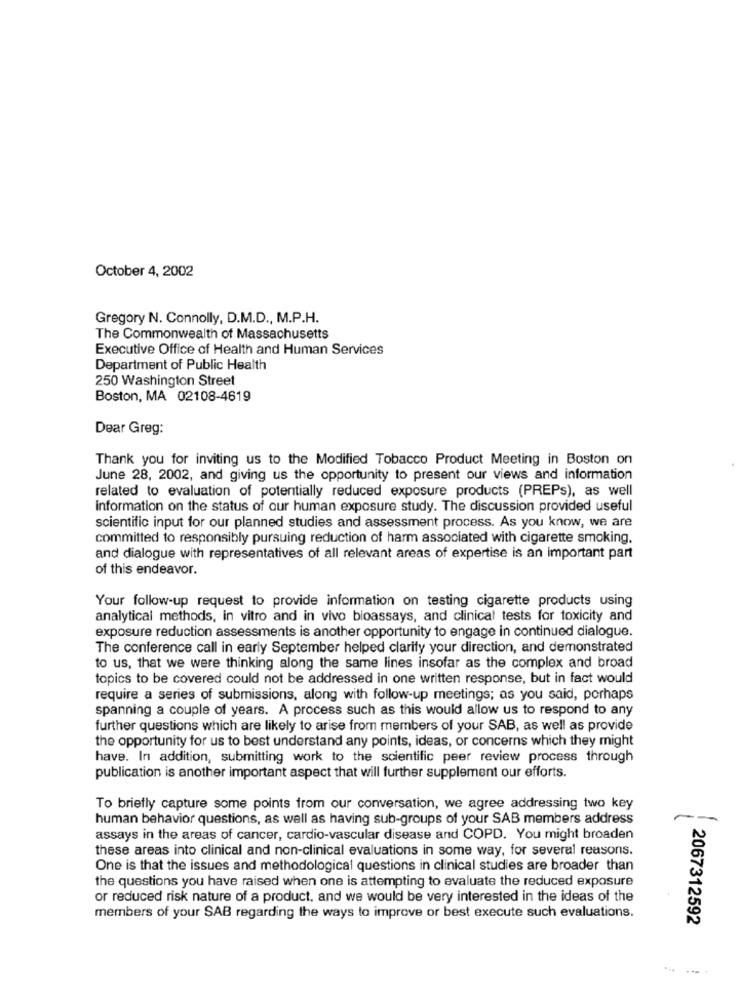
October 4, 2002
Gregory N. Connolly, D.M.D ., M.P.H.
The Commonwealth of Massachusetts
Executive Office of Health and Human Services
Department of Public Health
250 Washington Street
Boston, MA 02108-4619
Dear Greg:
Thank you for inviting us to the Modified Tobacco Product Meeting in Boston on
June 28, 2002, and giving us the opportunity to present our views and information
related to evaluation of potentially reduced exposure products (PREPs), as well
information on the status of our human exposure study. The discussion provided useful
scientific input for our planned studies and assessment process. As you know, we are
committed to responsibly pursuing reduction of harm associated with cigarette smoking.
and dialogue with representatives of all relevant areas of expertise is an important part
of this endeavor.
Your follow-up request to provide information on testing cigarette products using
analytical methods, in vitro and in vivo bioassays, and clinical tests for toxicity and
exposure reduction assessments is another opportunity to engage in continued dialogue.
The conference call in early September helped clarify your direction, and demonstrated
to us, that we were thinking along the same lines insofar as the complex and broad
topics to be covered could not be addressed in one written response, but in fact would
require a series of submissions, along with follow-up meetings; as you said, porhaps
spanning a couple of years. A process such as this would allow us to respond to any
further questions which are likely to arise from members of your SAB, as well as provide
the opportunity for us to best understand any points, ideas, or concerns which they might
have. In addition, submitting work to the scientific peer review process through
publication is another important aspect that will further supplement our efforts.
To briefly capture some points from our conversation, we agree addressing two key
human behavior questions, as well as having sub-groups of your SAB members address
assays in the areas of cancer, cardio-vascular disease and COPD. You might broaden
these areas into clinical and non-clinical evaluations in some way, for several reasons.
One is that the issues and methodological questions in clinical studies are broader than
the questions you have raised when one is attempting to evaluate the reduced exposure
or reduced risk nature of a product, and we would be very interested in the ideas of the
members of your SAB regarding the ways to improve or best execute such evaluations.
2067312592